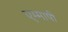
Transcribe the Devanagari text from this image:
एम्मापी